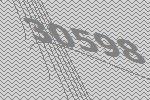
30598